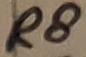
Text: R8